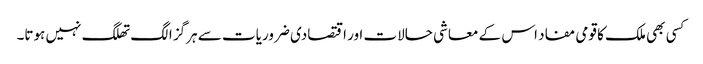
کسی بھی ملک کا قومی مفاد اس کے معاشی حالات اور اقتصادی ضروریات سے ہرگز الگ تھلگ نہیں ہوتا۔